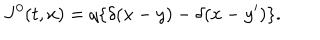
J ^ { 0 } ( t , x ) = q \{ \delta ( x - y ) - \delta ( x - y ^ { \prime } ) \} .